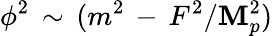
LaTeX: \phi^{2}\, \sim\, (m^{2}\, -\, F^{2}/\mathbf{M}_{p}^{2})